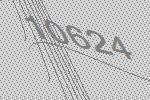
10624